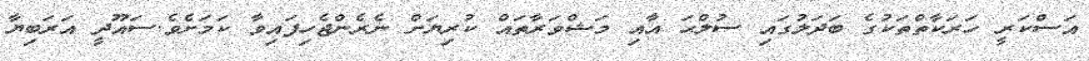
އަސްކަރީ ހަރަކާތްތަކުގެ ބަދަލުގައި ސުލްޙަ އާއި މަޝްވަރާތައް ކުރިޔަށް ނެރެންޖެހިފައިވާ ކަމަށެވެ.ސައޫދީ އަރަބިޔާ